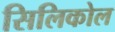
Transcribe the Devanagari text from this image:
सिलिकोल